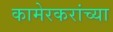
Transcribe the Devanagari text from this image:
कामेरकरांच्या